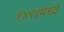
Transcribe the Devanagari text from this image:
१४९१मध्ये